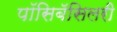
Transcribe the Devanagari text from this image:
पॉसिबॅसिलरी